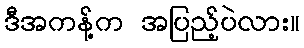
ဒီအကန့်က အပြည့်ပဲလား။